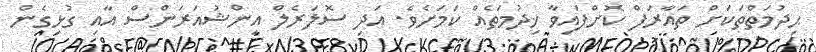
ޙިދުމަތްތަކަށް ތައާރަފް ކޮށްފައިވާ ޚިދުމަތެއް ކަމަށެވެ. އަދި ސޮލަރެލް އިންޝުއަރަންސް އާއި ގުޅިގެން